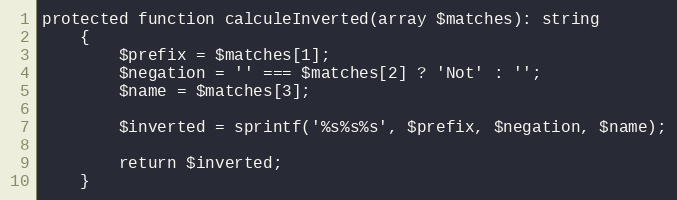
Language: PHP
protected function calculeInverted(array $matches): string
    {
        $prefix = $matches[1];
        $negation = '' === $matches[2] ? 'Not' : '';
        $name = $matches[3];

        $inverted = sprintf('%s%s%s', $prefix, $negation, $name);

        return $inverted;
    }